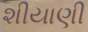
શીયાણી